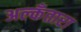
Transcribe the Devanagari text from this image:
अल्कँतारा